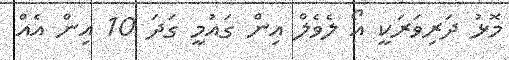
މޮޅު ދަރިވަރަކީ އޯ ލެވެލް އިން ގައުމީ ގަދަ 10 އިން އެއް